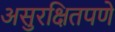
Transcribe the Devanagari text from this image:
असुरक्षितपणे